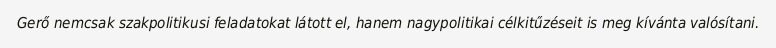
Gerő nemcsak szakpolitikusi feladatokat látott el, hanem nagypolitikai célkitűzéseit is meg kívánta valósítani.